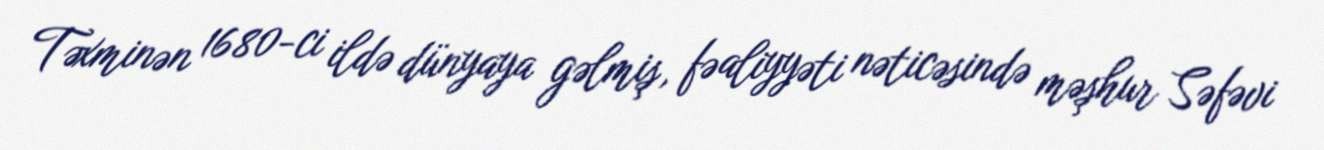
Təxminən 1680-ci ildə dünyaya gəlmiş, fəaliyyəti nəticəsində məşhur Səfəvi